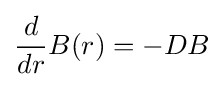
{\frac {d}{dr}}B(r)=-DB